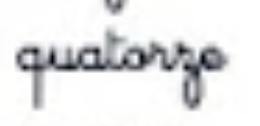
quatorze